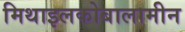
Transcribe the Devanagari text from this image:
मिथाइलकोबालामीन